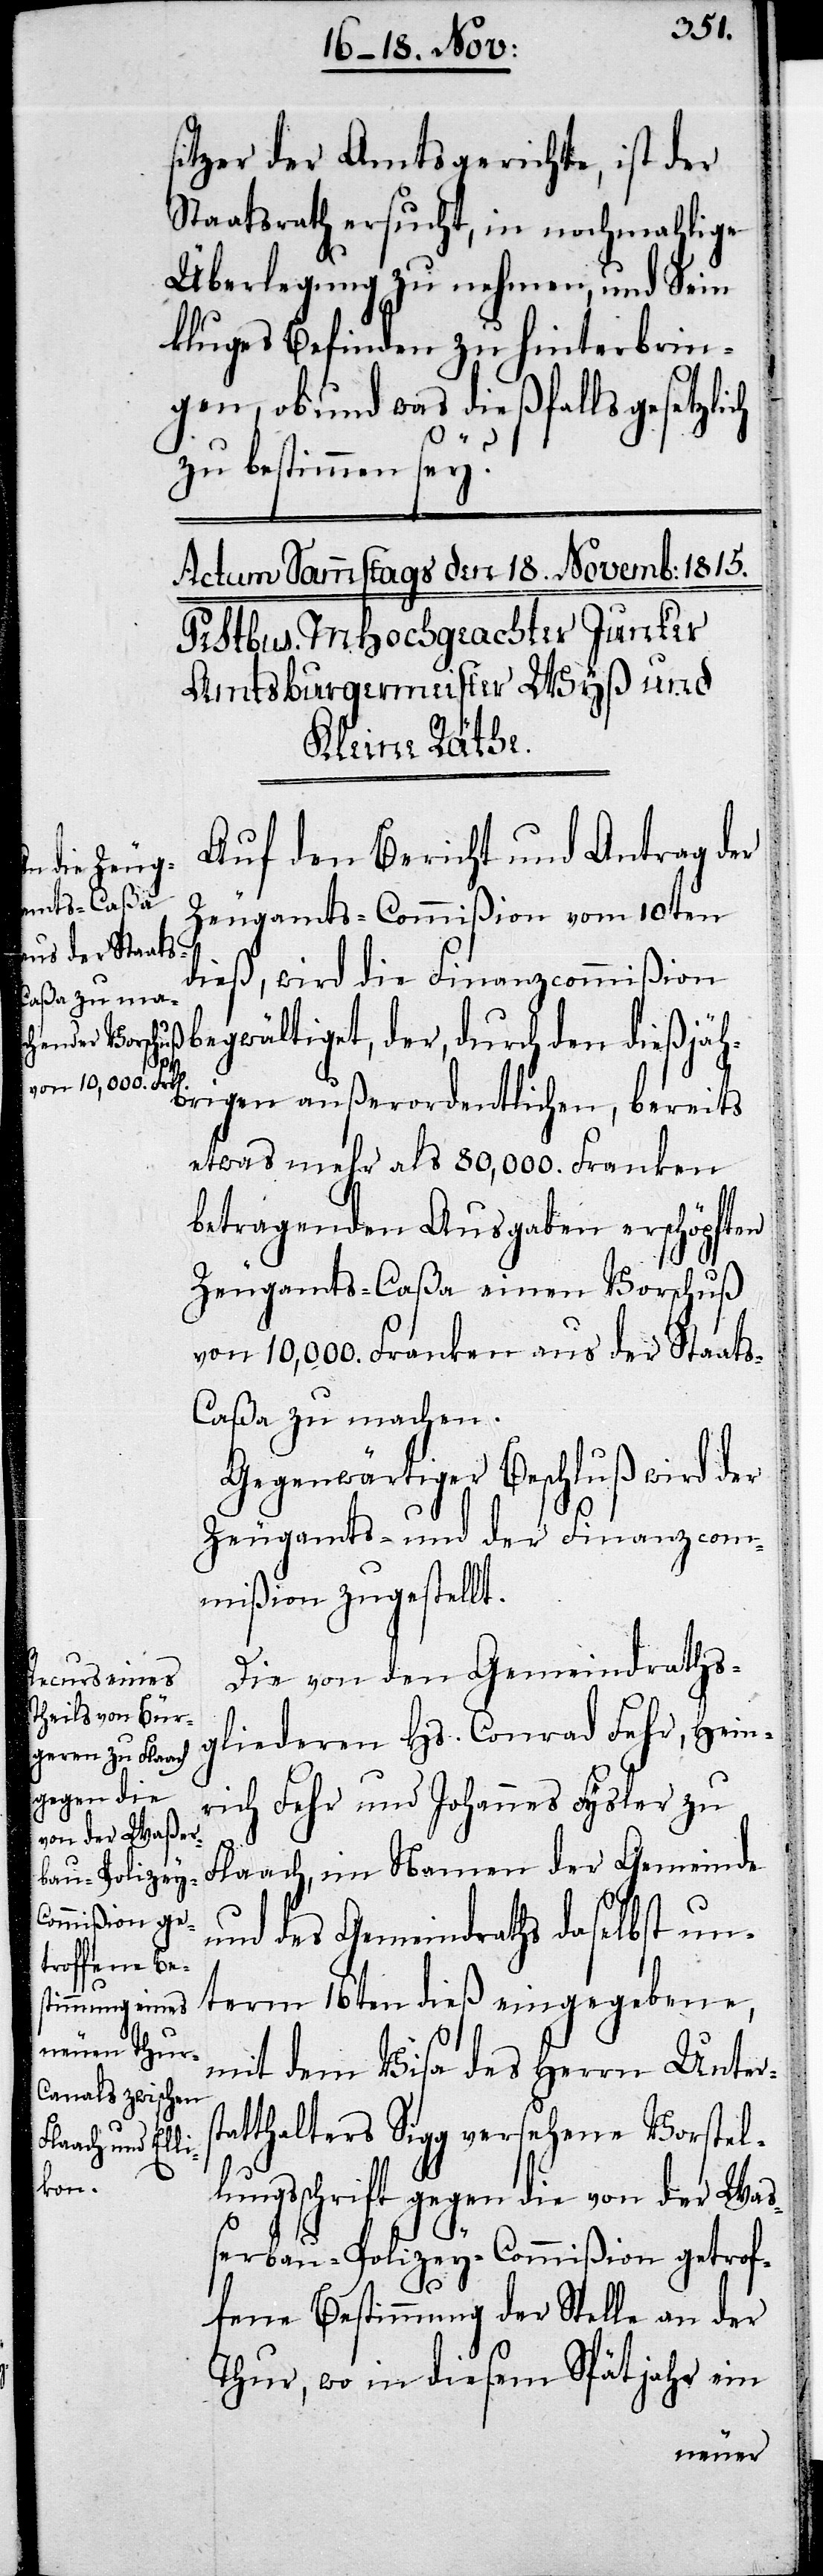
sitzer der Amtsgerichte, ist der
Staatsrath ersucht, in nochmahlige
Überlegung zu nehmen, und Sein
kluges Befinden zu hinterbrin¬
gen, ob und was dießfalls gesetzlich
zu bestimmen sey.
Auf den Bericht und Antrag der
Zeugamts-Commißion vom 10ten
dieß, wird die Finanzcommißion
begwältiget, der, durch den [sic!]
dießjä¬
hrigen außerordentlichen, bereits
etwas mehr als 80,000. Franken
betragenden Ausgaben erschöpften
Zeugamts-Caßa einen Vorschuß
von 10,000. Franken aus der Staat¬
s-Caßa zu machen.
Gegenwärtiger Beschluß wird der
Zeugamts- und der Finanzcom¬
mißion zugestellt.
Die von den Gemeinderaths¬
gliederen Hs. Conrad Fehr, Hein¬
rich Fehr und Johannes Fysler zu
Flaach, im Namen der Gemeinde
und des Gemeinderaths daselbst un¬
term 16ten dieß eingegebene,
mit dem Visa des Herrn Unters¬
tatthalters Sigg versehene Vorstel¬
lungsschrift gegen die von der Waß¬
erbau-Polizey-Commißion getrof¬
fene Bestimmung der Stelle an der
Thur, wo in diesem Spätjahr ein